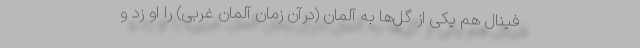
فینال هم یکی از گل‌ها به آلمان (‌درآن زمان آلمان غربی) را او زد و